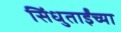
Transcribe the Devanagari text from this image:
सिंधुताईंच्या